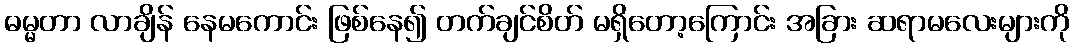
ဓမ္မတာ လာချိန် နေမကောင်း ဖြစ်နေ၍ တက်ချင်စိတ် မရှိတော့ကြောင်း အခြား ဆရာမလေးများကို